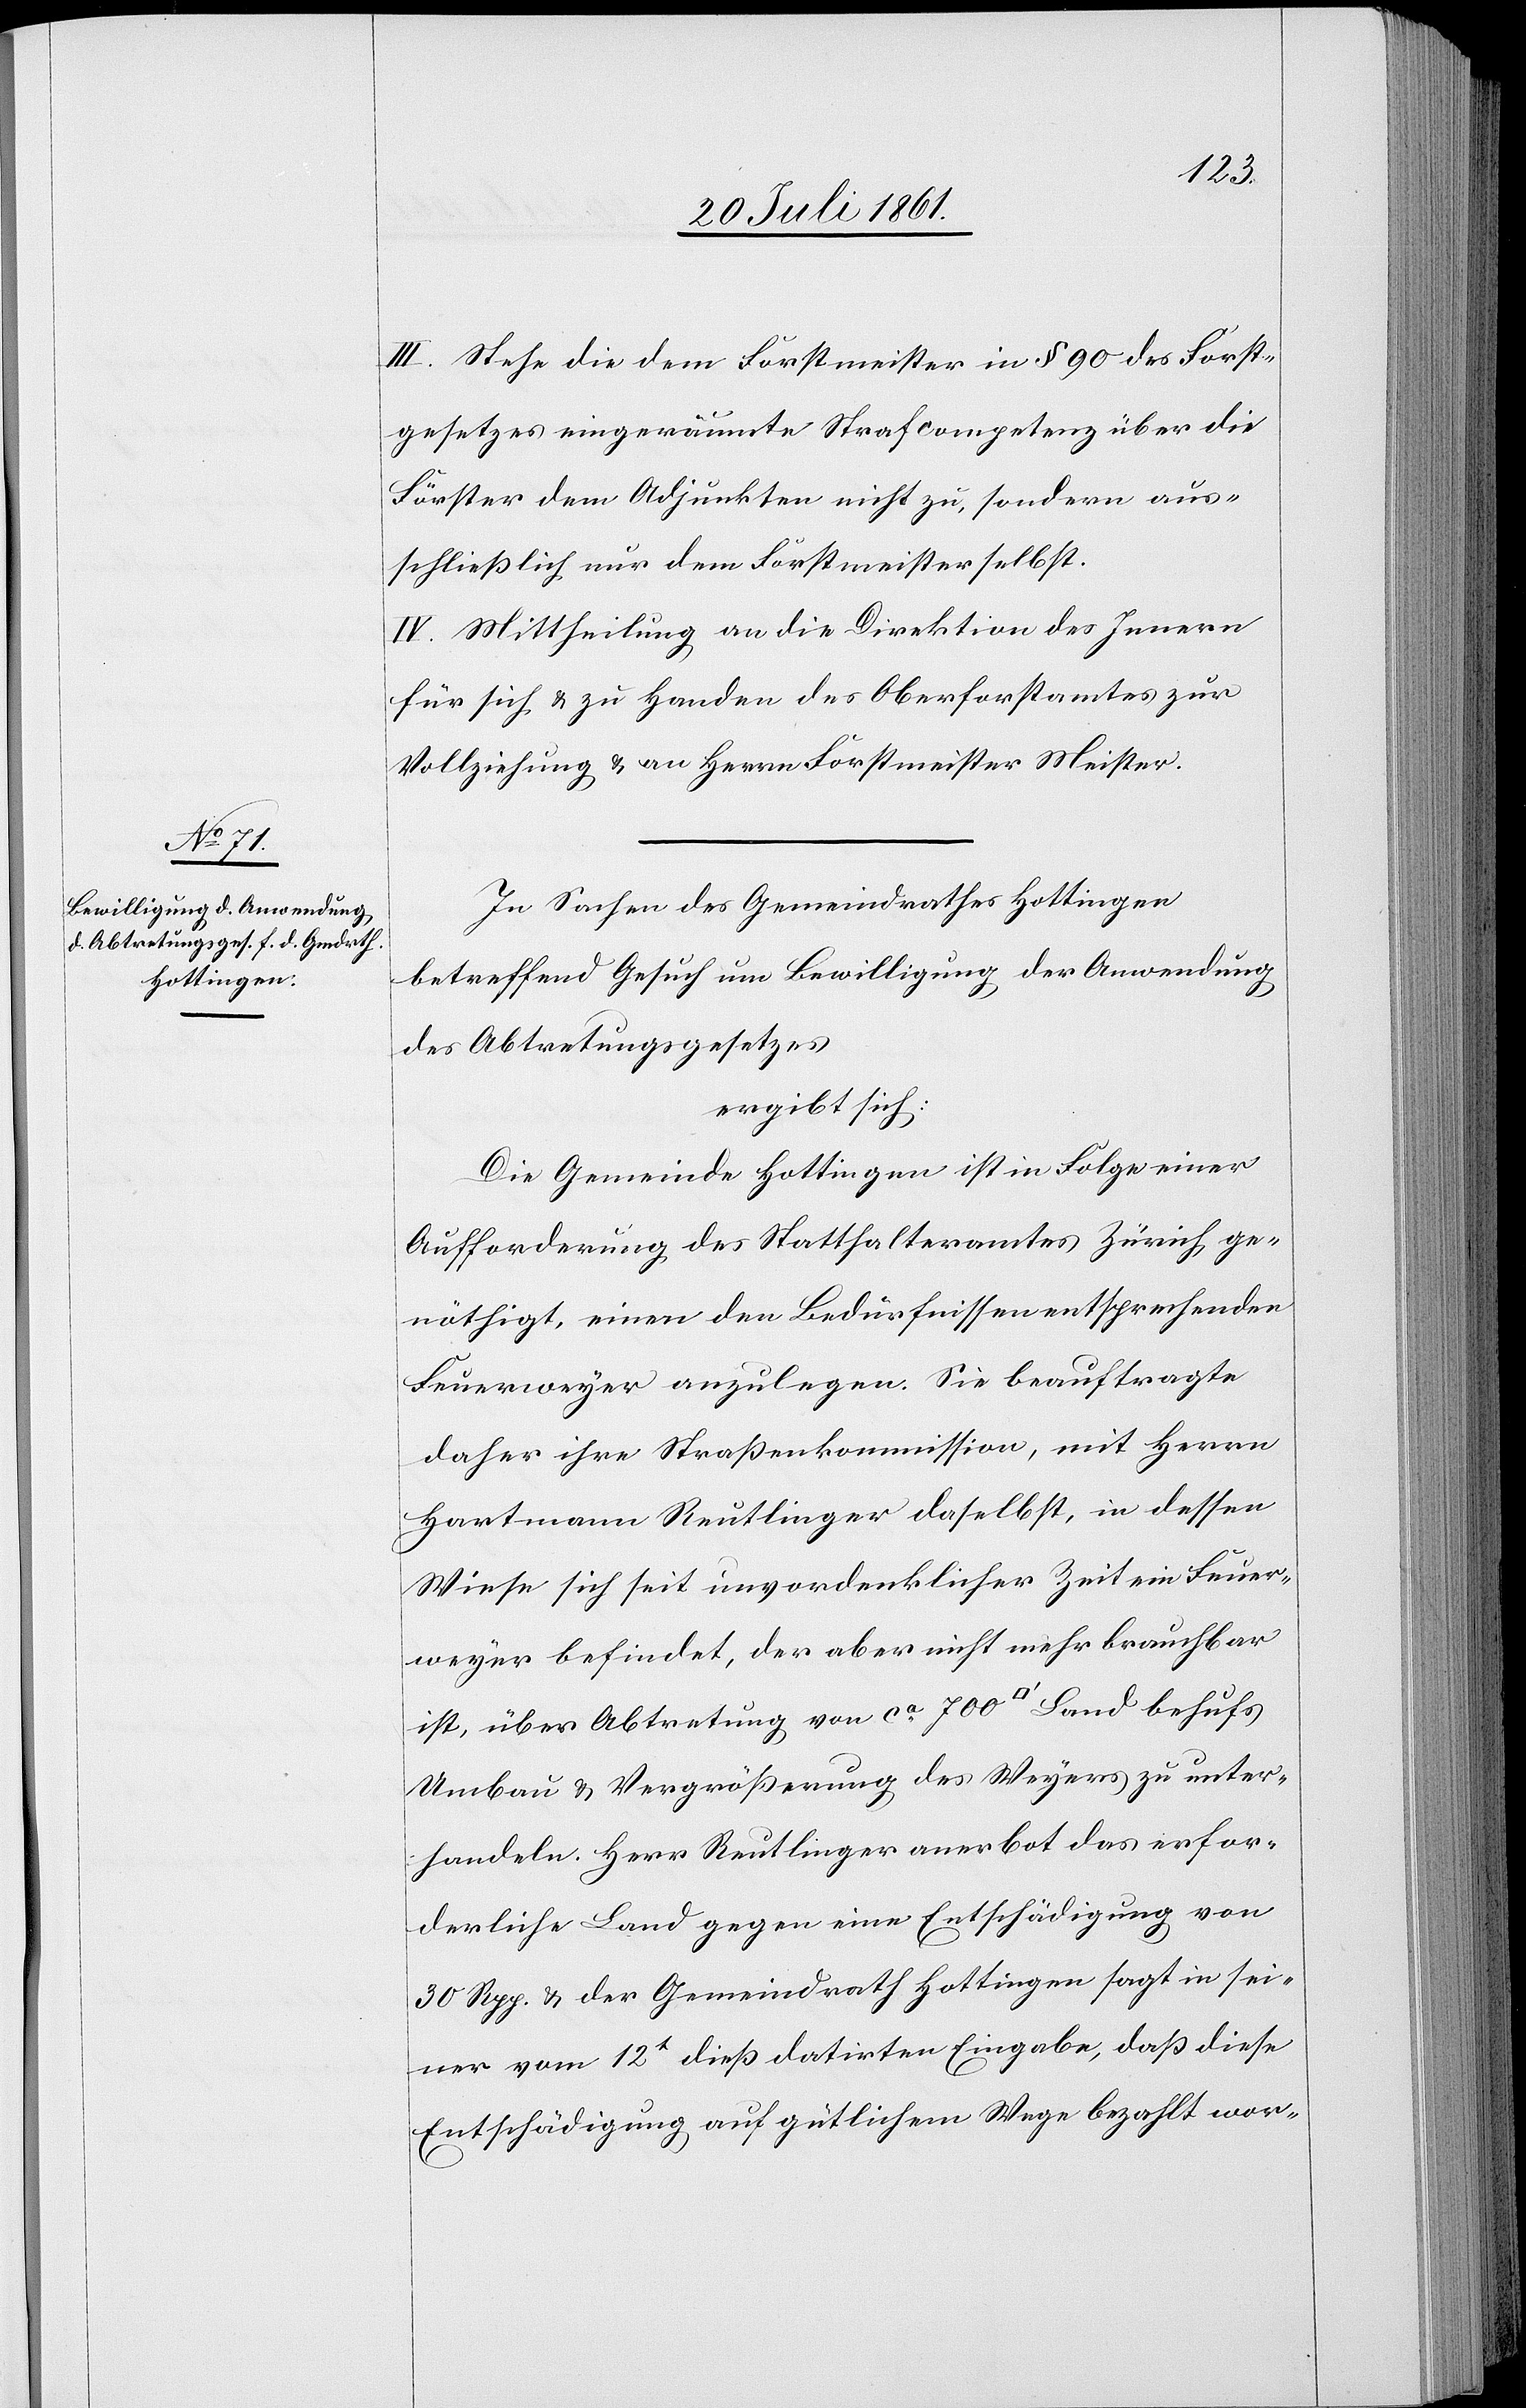
III. Stehe die dem Forstmeister in § 90 des Forst¬
gesetzes eingeräumte Strafcompetenz über die
Förster dem Adjunkten nicht zu, sondern aus¬
schließlich nur dem Forstmeister selbst.
IV. Mittheilung an die Direktion des Innern
für sich u. zu Handen des Oberforstamtes zur
Vollziehung u. an Herrn Forstmeister Meister.
In Sachen des Gemeindrathes Hottingen
betreffend Gesuch um Bewilligung der Anwendung
des Abtretungsgesetzes
ergibt sich:
Die Gemeinde Hottingen ist in Folge einer
Aufforderung des Statthalteramtes Zürich ge¬
nöthigt, einen den Bedürfnissen entsprechenden
Feuerweyer anzulegen. Sie beauftragte
daher ihre Straßenkommission, mit Herrn
Hartmann Reutlinger daselbst, in dessen
Wiese sich seit unvordenklicher Zeit ein Feuer¬
weyer befindet, der aber nicht mehr brauchbar
ist, über Abtretung von ca 700 [Quadratfuß] Land behufs
Umbau u. Vergrößerung des Weyers zu unter¬
handeln. Herr Reutlinger anerbot das erfor¬
derliche Land gegen eine Entschädigung von
30 Rpp. u. der Gemeindrath Hottingen sagt in sei¬
ner vom 12t dieß datirten Eingabe, daß diese
Entschädigung auf gütlichem Wege bezahlt wor-